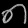
Digit: ၈